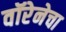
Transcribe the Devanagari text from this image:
वॉरेनेचा